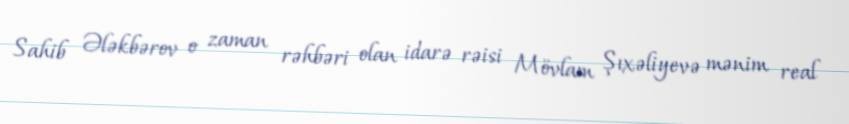
Sahib Ələkbərov o zaman rəhbəri olan idarə rəisi Mövlam Şıxəliyevə mənim real